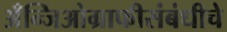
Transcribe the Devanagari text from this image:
अँन्जिओग्राफीसंबंधीचे